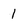
Character: 1